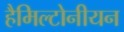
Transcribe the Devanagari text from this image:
हैमिल्टोनीयन